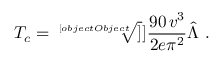
T _ { c } = \sqrt [ [object Object] ] ] { \frac { 9 0 \, v ^ { 3 } } { 2 e \pi ^ { 2 } } } \hat { \Lambda } \ .